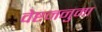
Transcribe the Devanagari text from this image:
वेष्टननुमा